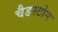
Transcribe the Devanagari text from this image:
चैडस्टोन